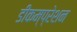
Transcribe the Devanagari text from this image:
डीकम्प्रेशन